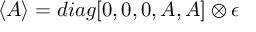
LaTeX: \langle A \rangle = d i a g [ 0 , 0 , 0 , A , A ] \otimes \epsilon